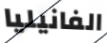
الفانيليا